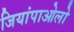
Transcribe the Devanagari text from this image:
जियांपाओलो